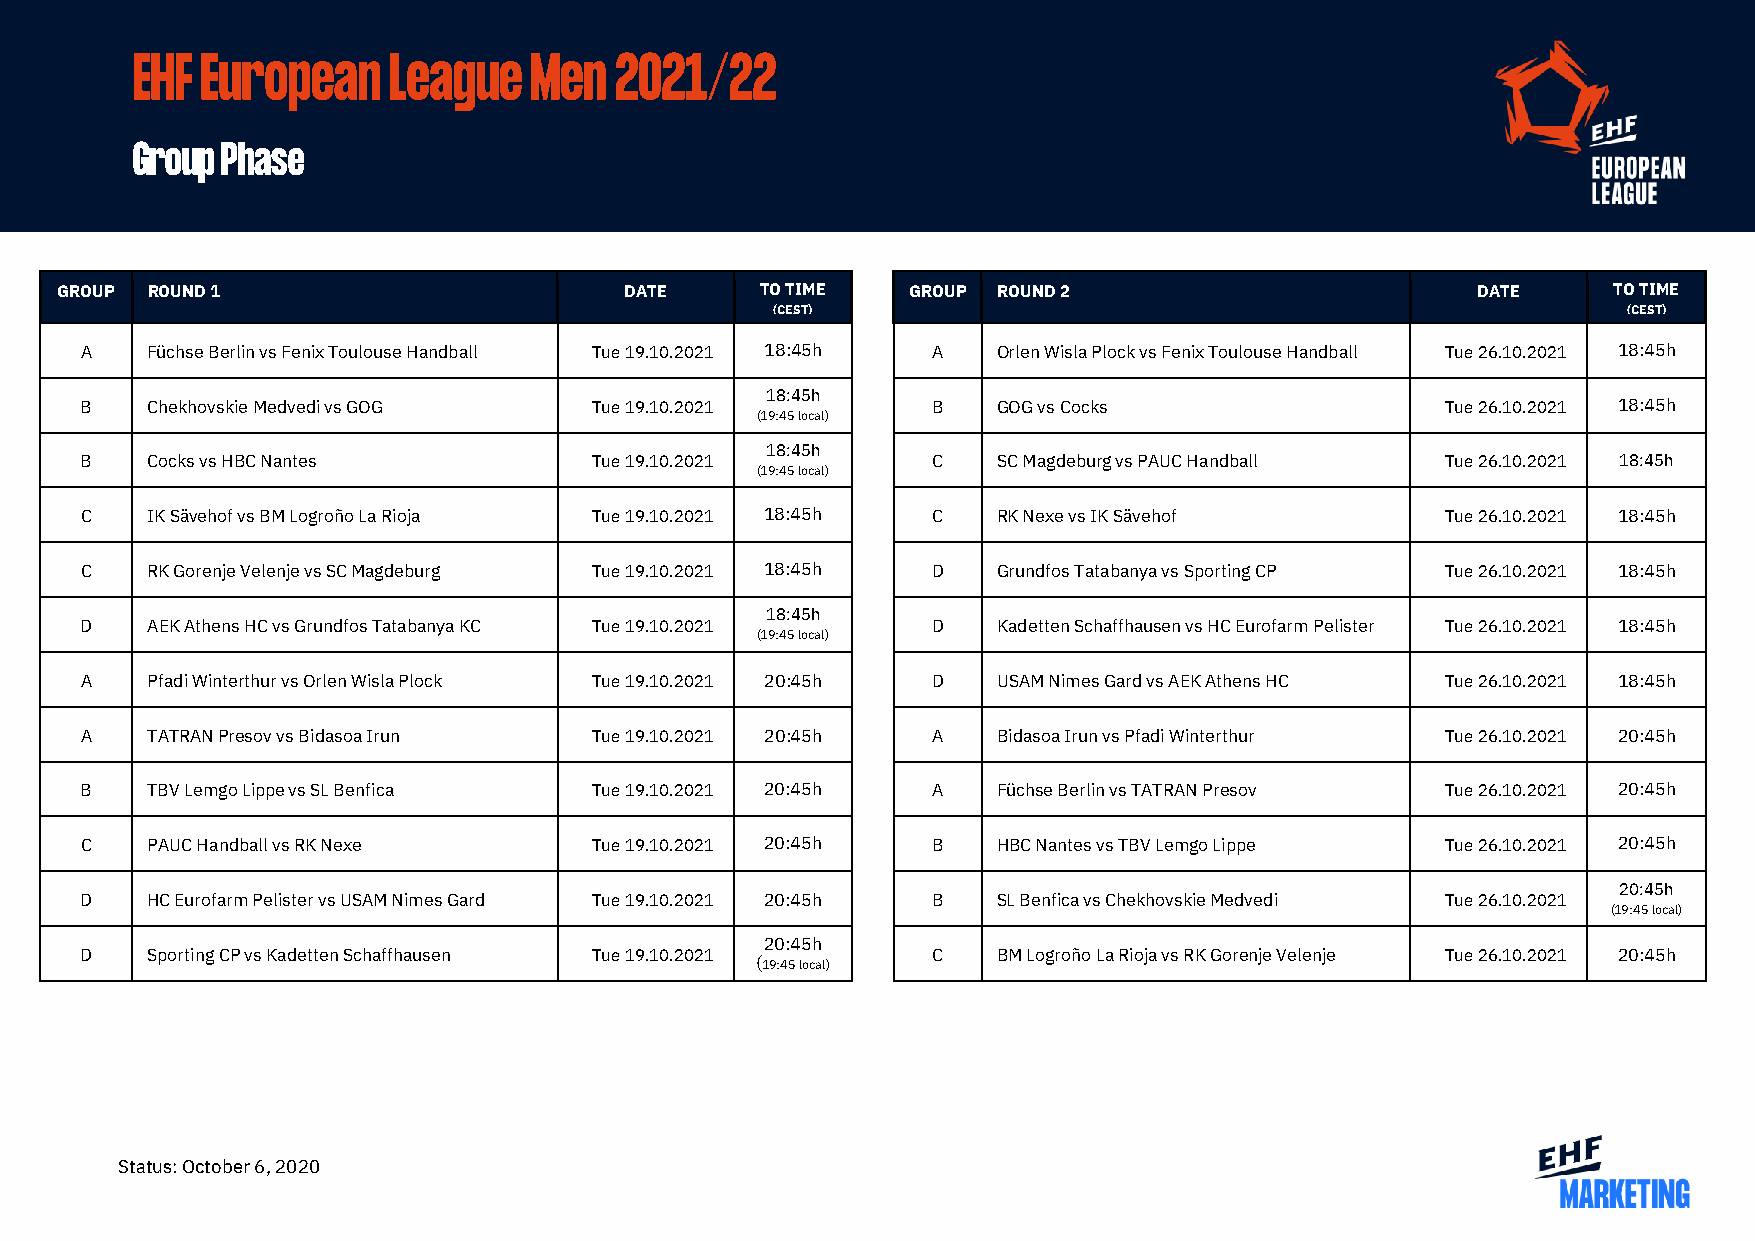
EHF European     League   Men   2021/22
 Group Phase
 GROUP ROUND 1                        DATE     TO TIME   GROUP ROUND 2                         DATE     TO TIME
 (CEST)                                                   (CEST)
 A    Füchse Berlin vs Fenix Toulouse Handball Tue 19.10.2021 18:45h A Orlen Wisla Plock vs Fenix Toulouse Handball Tue 26.10.2021 18:45h
 18:45h
 B    Chekhovskie Medvedi vs GOG   Tue 19.10.2021         B   GOG vs Cocks                  Tue 26.10.2021 18:45h
 (19:45 local)
 18:45h
 B    Cocks vs HBC Nantes          Tue 19.10.2021         C   SC Magdeburg vs PAUC Handball Tue 26.10.2021 18:45h
 (19:45 local)
 C    IK Sävehof vs BM Logroño La Rioja Tue 19.10.2021 18:45h C RK Nexe vs IK Sävehof       Tue 26.10.2021 18:45h
 C    RK Gorenje Velenje vs SC Magdeburg Tue 19.10.2021 18:45h D Grundfos Tatabanya vs Sporting CP Tue 26.10.2021 18:45h
 18:45h
 D    AEK Athens HC vs Grundfos Tatabanya KC Tue 19.10.2021 D Kadetten Schaffhausen vs HC Eurofarm Pelister Tue 26.10.2021 18:45h
 (19:45 local)
 (19:45 local)
 A    Pfadi Winterthur vs Orlen Wisla Plock Tue 19.10.2021 20:45h D USAM Nimes Gard vs AEK Athens HC Tue 26.10.2021 18:45h
 A    TATRAN Presov vs Bidasoa Irun Tue 19.10.2021 20:45h A   Bidasoa Irun vs Pfadi Winterthur Tue 26.10.2021 20:45h
 B    TBV Lemgo Lippe vs SL Benfica Tue 19.10.2021 20:45h A   Füchse Berlin vs TATRAN Presov Tue 26.10.2021 20:45h
 C    PAUC Handball vs RK Nexe     Tue 19.10.2021 20:45h  B   HBC Nantes vs TBV Lemgo Lippe Tue 26.10.2021 20:45h
 20:45h
 D    HC Eurofarm Pelister vs USAM Nimes Gard Tue 19.10.2021 20:45h B SL Benfica vs Chekhovskie Medvedi Tue 26.10.2021
 (19:45 local)
 20:45h
 D    Sporting CP vs Kadetten Schaffhausen Tue 19.10.2021 C   BM Logroño La Rioja vs RK Gorenje Velenje Tue 26.10.2021 20:45h
 (19:45 local)
 Status: October 6, 2020